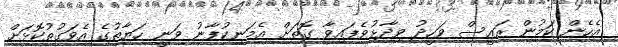
އެހެން ކަމުން ރައީސް ވަހީދު ވިދާޅުވެފައިވާ ގޮތަށް އެމަނިކުފާނު ވަނީ ހަޔާތުގެ އެވަގުތުކޮޅަށް